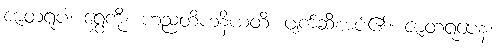
ဇာတရူပံ၊ ရွှေကို။ ဟညတိဟနိယတိ၊ ဖျက်ဆီးအပ်၏။ ဇာတရူပေန၊